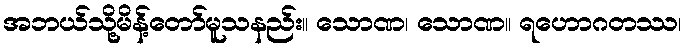
အဘယ်သို့မိန့်တော်မူသနည်း။ သောဏ၊ သောဏ။ ရဟောဂတဿ၊